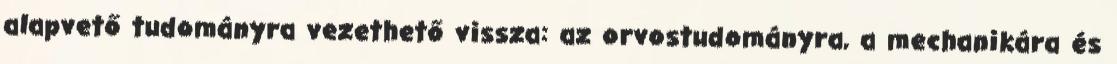
alapvető tudományra vezethető vissza: az orvostudományra, a mechanikára és